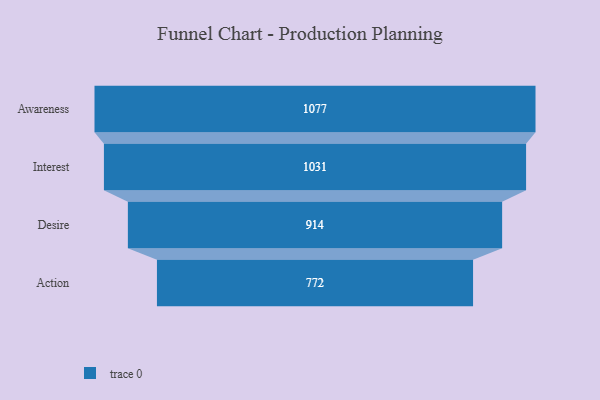
{"axis": {"x": "Stage", "y": "Value"}, "legend": [""], "data": [{"x": "Awareness", "y": 1077.0, "type": ""}, {"x": "Interest", "y": 1031.0, "type": ""}, {"x": "Desire", "y": 914.0, "type": ""}, {"x": "Action", "y": 772.0, "type": ""}]}